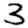
Digit: 3